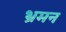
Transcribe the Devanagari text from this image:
भ्रमन